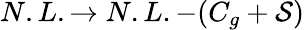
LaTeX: N.L.\rightarrow N.L.-(C_{g}+{\cal S})